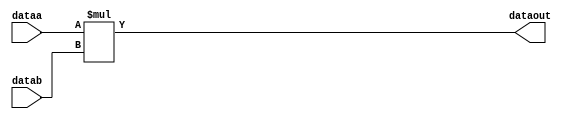
// This program was cloned from: https://github.com/diaoenmao/FPGA-CNN
// License: MIT License

module multiplier_unit#(parameter WIDTH = 9)
(
	
	input signed[WIDTH-1:0] dataa,
	input signed[WIDTH-1:0] datab,
	output signed[2*WIDTH-1:0] dataout
);
assign dataout = dataa * datab;

	
endmodule